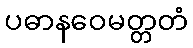
ပဓာနဝေမတ္တတံ